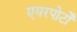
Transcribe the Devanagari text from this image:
एयरपोर्टों